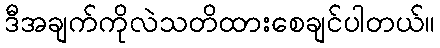
ဒီအချက်ကိုလဲသတိထားစေချင်ပါတယ်။